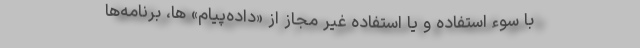
با سوء استفاده و یا استفاده غیر مجاز از «داده‌پیام» ها، برنامه‌ها